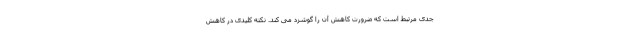
جدی مرتبط است که ضرورت کاهش آن را گوشزد می کند. نکته کلیدی در کاهش